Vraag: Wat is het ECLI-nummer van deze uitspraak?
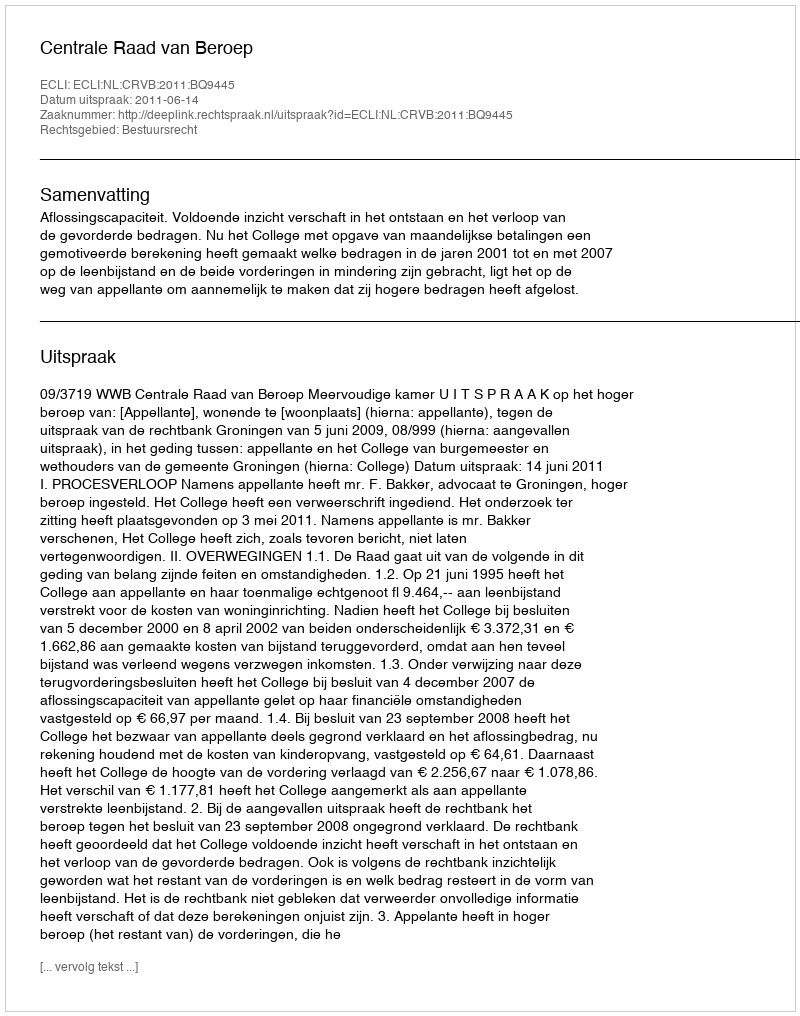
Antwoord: ECLI:NL:CRVB:2011:BQ9445